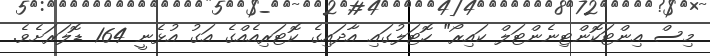
މިސް އިންޓަކޮންޓިނެންޓަލް ކައިރޯ" ހޮޓަލުގައި އާދައިގެ ކޮޓަރިއެއްގެ އަގު އުޅެނީ 164 ޑޮލަރަށެވެ.